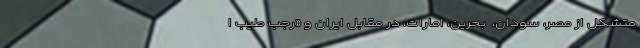
متشکل از مصر، سودان، ‌ بحرین، امارات، در مقابل ایران و «رجب طیب ا